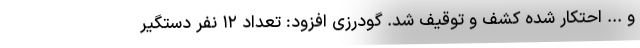
و ... احتکار شده کشف و توقیف شد. گودرزی افزود: تعداد ۱۲ نفر دستگیر